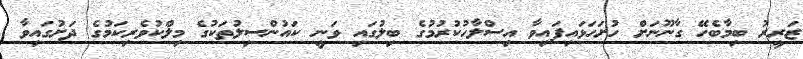
ޒަރީރު ބިމާބެހޭ ގާނޫނަށް ހުށަހަޅައިފައިވާ އިސްލާހުކުރުމުގެ ބިލުގައި ވަނީ ކައުންސިލުތަކުގެ މިލްކުވެރިކަމުގެ ދަށުގައިވާ